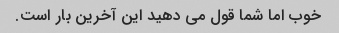
خوب اما شما قول می دهید این آخرین بار است.